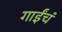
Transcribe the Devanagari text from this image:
गाईंचं